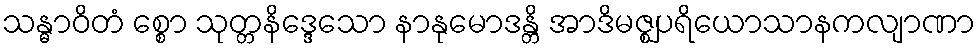
သန္ဓာဝိတံ စ္စော သုတ္တနိဒ္ဒေသော နာနုမောဒန္တိ အာဒိမဇ္ဈပရိယောသာနကလျာဏာ